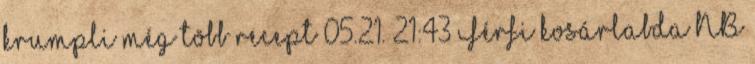
krumpli még több recept 05.21. 21:43 Férfi kosárlabda NB